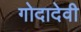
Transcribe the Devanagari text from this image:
गोदादेवी